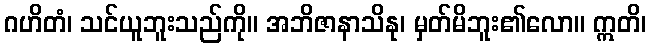
ဂဟိတံ၊ သင်ယူဘူးသည်ကို။ အဘိဇာနာသိနု၊ မှတ်မိဘူး၏လော။ ဣတိ၊